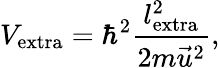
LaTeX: V_{\mathrm{extra}}=\hbar^{2}\frac{l_{\mathrm{extra}}^{2}}{2m\vec{u}^{2}},